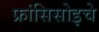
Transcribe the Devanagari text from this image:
फ्रांसिसोइचे